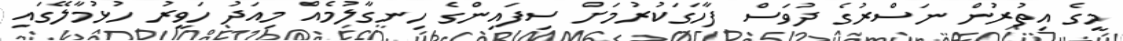
މީގެ އިތުރުން ނަސްރުގެ ދުވަސް ފާހަގަކުރުމަށް ސިފައިންގެ ހިނގާލުމެއް މިއަދު ހަވީރު ހުޅުމާލޭގައި